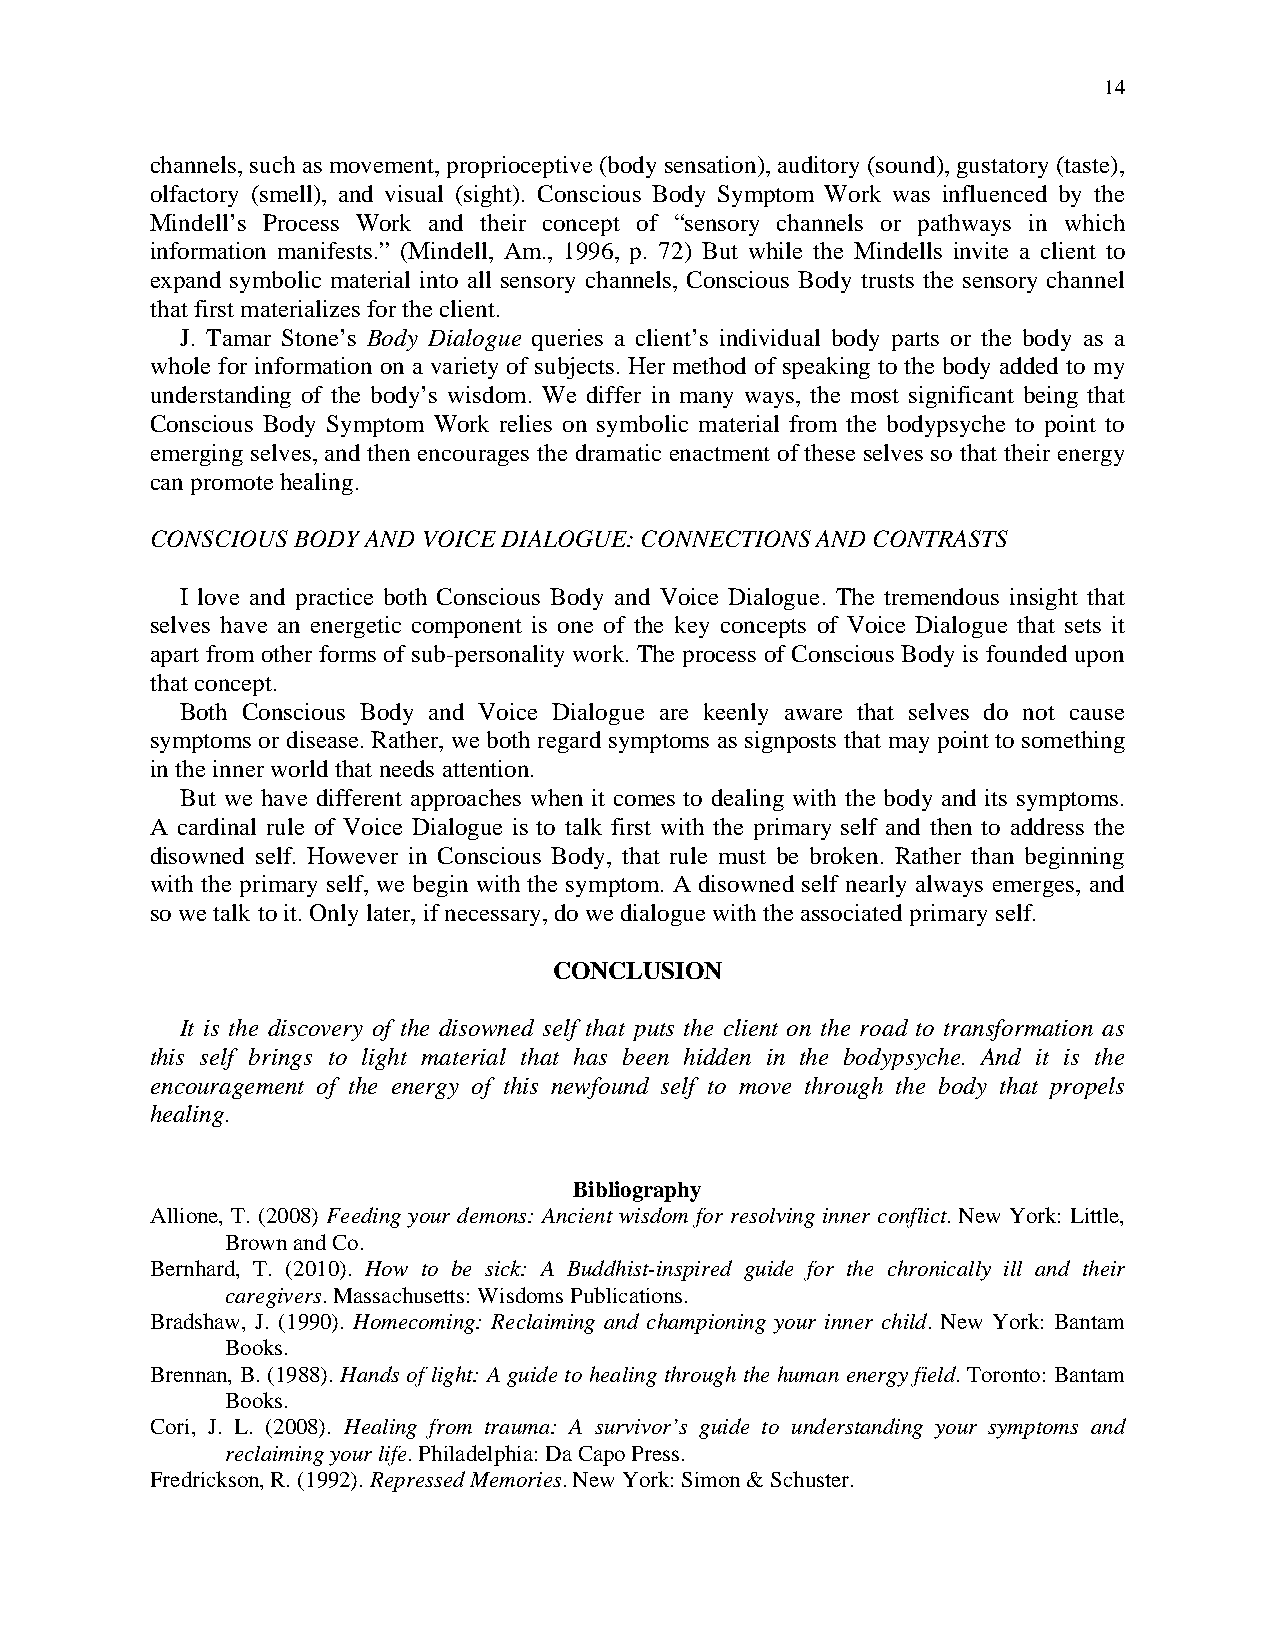
14
 channels, such as movement, proprioceptive (body sensation), auditory (sound), gustatory (taste),
 olfactory (smell), and visual (sight). Conscious Body Symptom Work was influenced by the
 Mindell’s Process Work and their concept of “sensory channels or pathways in which
 information manifests.” (Mindell, Am., 1996, p. 72) But while the Mindells invite a client to
 expand symbolic material into all sensory channels, Conscious Body trusts the sensory channel
 that first materializes for the client.
 J. Tamar Stone’s Body Dialogue queries a client’s individual body parts or the body as a
 whole for information on a variety of subjects. Her method of speaking to the body added to my
 understanding of the body’s wisdom. We differ in many ways, the most significant being that
 Conscious Body Symptom Work relies on symbolic material from the bodypsyche to point to
 emerging selves, and then encourages the dramatic enactment of these selves so that their energy
 can promote healing.
 CONSCIOUS BODY AND VOICE DIALOGUE: CONNECTIONS AND CONTRASTS
 I love and practice both Conscious Body and Voice Dialogue. The tremendous insight that
 selves have an energetic component is one of the key concepts of Voice Dialogue that sets it
 apart from other forms of sub-personality work. The process of Conscious Body is founded upon
 that concept.
 Both Conscious Body and Voice Dialogue are keenly aware that selves do not cause
 symptoms or disease. Rather, we both regard symptoms as signposts that may point to something
 in the inner world that needs attention.
 But we have different approaches when it comes to dealing with the body and its symptoms.
 A cardinal rule of Voice Dialogue is to talk first with the primary self and then to address the
 disowned self. However in Conscious Body, that rule must be broken. Rather than beginning
 with the primary self, we begin with the symptom. A disowned self nearly always emerges, and
 so we talk to it. Only later, if necessary, do we dialogue with the associated primary self.
 CONCLUSION
 It is the discovery of the disowned self that puts the client on the road to transformation as
 this self brings to light material that has been hidden in the bodypsyche. And it is the
 encouragement of the energy of this newfound self to move through the body that propels
 healing.
 Bibliography
 Allione, T. (2008) Feeding your demons: Ancient wisdom for resolving inner conflict. New York: Little,
 Brown and Co.
 Bernhard, T. (2010). How to be sick: A Buddhist-inspired guide for the chronically ill and their
 caregivers. Massachusetts: Wisdoms Publications.
 Bradshaw, J. (1990). Homecoming: Reclaiming and championing your inner child. New York: Bantam
 Books.
 Brennan, B. (1988). Hands of light: A guide to healing through the human energy field. Toronto: Bantam
 Books.
 Cori, J. L. (2008). Healing from trauma: A survivor’s guide to understanding your symptoms and
 reclaiming your life. Philadelphia: Da Capo Press.
 Fredrickson, R. (1992). Repressed Memories. New York: Simon & Schuster.